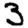
Digit: 3